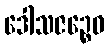
ဒေါသဇဉ္စေဝ